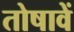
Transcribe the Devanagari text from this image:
तोषावें